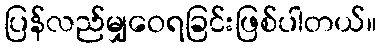
ပြန်လည်မျှဝေရခြင်းဖြစ်ပါတယ်။